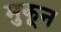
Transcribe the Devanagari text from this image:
मुकून